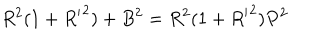
LaTeX: R ^ { 2 } ( 1 + { R ^ { \prime } } ^ { 2 } ) + B ^ { 2 } = R ^ { 2 } ( 1 + { R ^ { \prime } } ^ { 2 } ) P ^ { 2 }